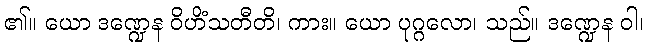
၏။ ယော ဒဏ္ဍေန ဝိဟိံသတီတိ၊ ကား။ ယော ပုဂ္ဂလော၊ သည်။ ဒဏ္ဍေန ဝါ၊